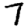
Digit: 7